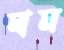
মাম